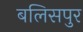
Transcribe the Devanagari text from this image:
बलिसपुर